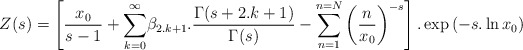
\begin{align*}Z(s)=\left[\frac{x_0}{s-1}+\underset{k=0}{\overset{\infty }{\sum }}\beta _{2.k+1}.\frac{\Gamma(s+2.k+1)}{\Gamma(s)}-\sum _{n=1}^{n=N}\left(\frac{n}{x_0}\right)^{-s}\right].\exp\left(-s.\ln{x_0}\right) \end{align*}